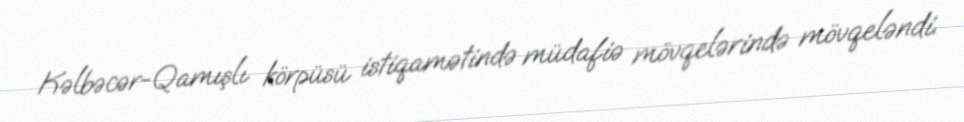
Kəlbəcər-Qamışlı körpüsü istiqamətində müdafiə mövqelərində mövqeləndi.